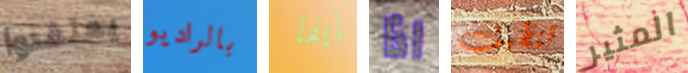
يعتقدوا بالراديو إيفا اذا تنظيف المثير